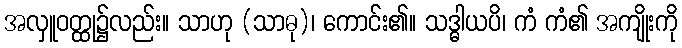
အလှူဝတ္ထု၌လည်း။ သာဟု (သာဓု)၊ ကောင်း၏။ သဒ္ဓါယပိ၊ ကံ ကံ၏ အကျိုးကို